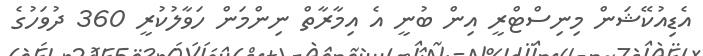
އެޑިއުކޭޝަން މިނިސްޓްރީ އިން ބުނީ އެ އިމާރާތް ނިންމަން ހަވާލުކުރީ 360 ދުވަހުގެ